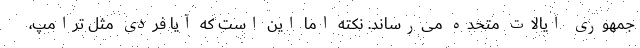
جمهوری ایالات متحده می‌رساند. نکته اما این است که آیا فردی مثل ترامپ،